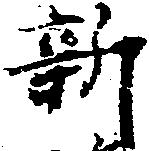
新